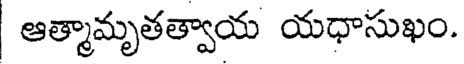
ఆత్మామృతత్వాయ యధాసుఖం.